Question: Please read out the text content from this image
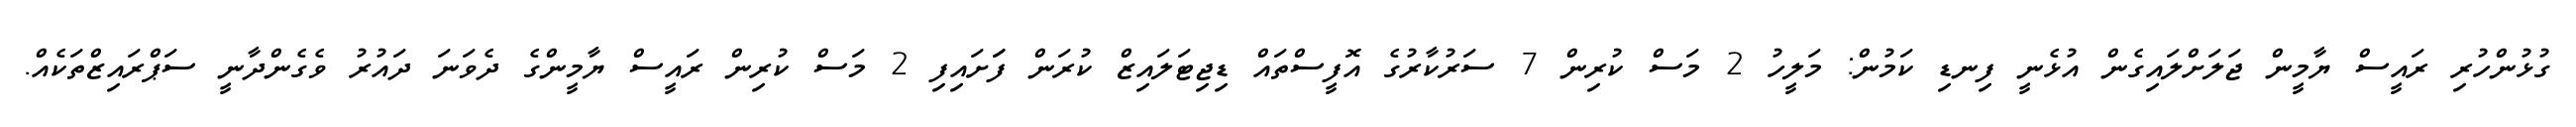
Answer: ގުޅުންހުރި ރައީސް ޔާމީން ޖަލަށްލައިގެން އުޅެނީ ފިނޑި ކަމުން: މަލީހު 2 މަސް ކުރިން 7 ސަރުކާރުގެ އޮފީސްތައް ޑިޖިޓަލައިޒް ކުރަން ފަަށައިފި 2 މަސް ކުރިން ރައީސް ޔާމީންގެ ދެވަނަ ދައުރު ވެގެންދާނީ ސަޕްރައިޒްތަކެއް.